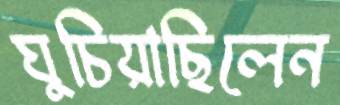
ঘুচিয়াছিলেন